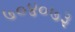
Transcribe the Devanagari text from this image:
७०४०७३